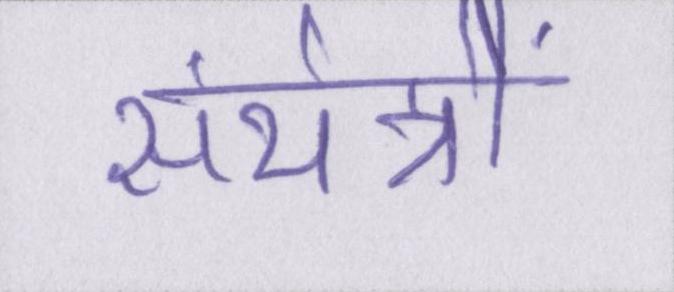
संयंत्रों